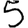
Digit: 5